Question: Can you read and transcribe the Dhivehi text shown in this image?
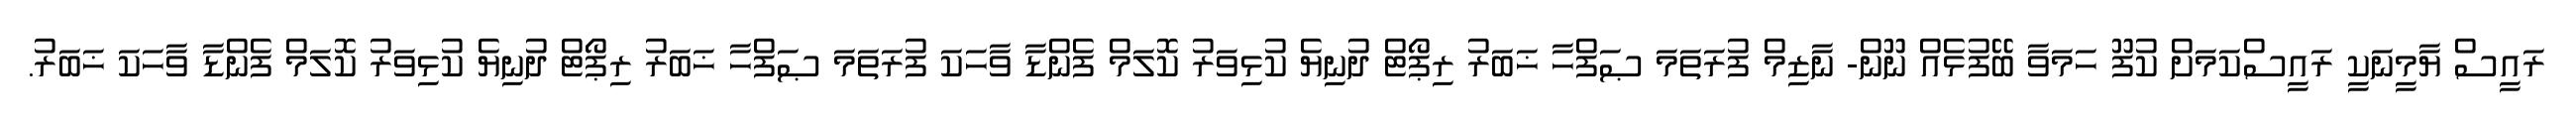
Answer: ރައީސް ޔާމީނަކީ ރައީސްކަމަށް ކުފޫ ހަމަވާ ބޭފުޅެއް ނޫން- ނާޒިމް ފުރަތަމަ ޞަފްހާ ޚަބަރު ރިޕޯޓް ދުނިޔެ ކުޅިވަރު ކޮލަމް ފެންޑާ ވާހަކަ ފުރަތަމަ ޞަފްހާ ޚަބަރު ރިޕޯޓް ދުނިޔެ ކުޅިވަރު ކޮލަމް ފެންޑާ ވާހަކަ ޚަބަރު.